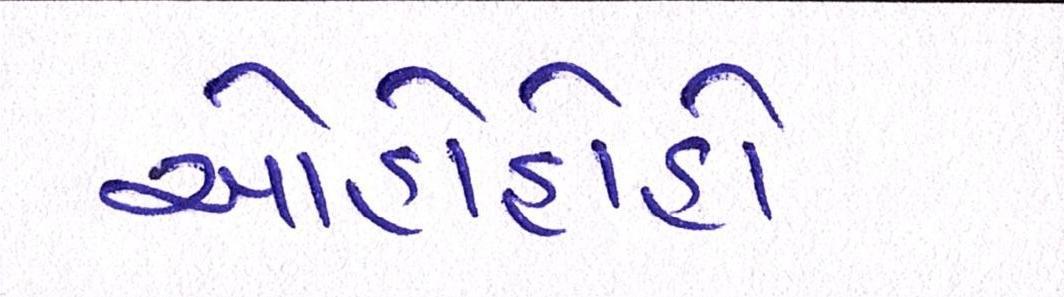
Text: ઓહોહોહો